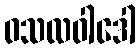
ဝသလဝါဒေါ